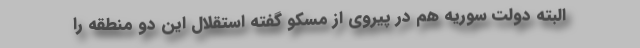
البته دولت سوریه هم در پیروی از مسکو گفته استقلال این دو منطقه را